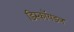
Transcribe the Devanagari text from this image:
डिस्कॉयडल